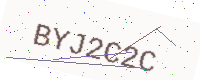
Text: BYJ2C2C